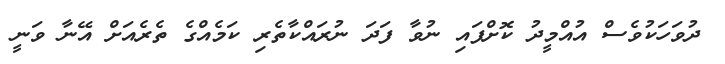
ދުވަހަކުވެސް އުއްމީދު ކޮށްފައި ނުވާ ފަދަ ނުރައްކާތެރި ކަމެއްގެ ތެރެއަށް އޭނާ ވަނީ